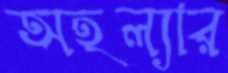
অহল্যার